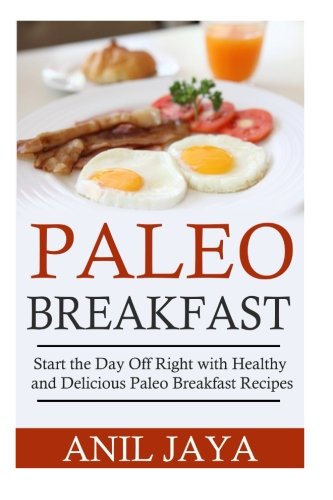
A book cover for Paleo Breakfast: Start The Day Off Right With Healthy And Delicious Paleo Breakfast Recipes (Breakfast - Paleo - Morning - Weight Loss - Gluten Free); Anil Jaya; Cookbooks, Food & Wine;